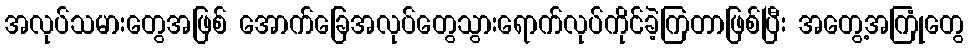
အလုပ်သမားတွေအဖြစ် အောက်ခြေအလုပ်တွေသွားရောက်လုပ်ကိုင်ခဲ့ကြတာဖြစ်ပြီး အတွေ့အကြုံတွေ